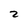
Character: 2